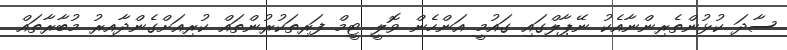
ސާދަ ކުޅުންތެރިންނާއެކު ނޭޕާލްގައި ގައުމީ އަންހެން ވޮލީ ޓީމް ފަރިތަކުރުންތައް ކުރިއަށްގެންދާއިރު މުބާރާތައް